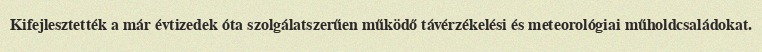
Kifejlesztették a már évtizedek óta szolgálatszerűen működő távérzékelési és meteorológiai műholdcsaládokat.